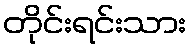
တိုင်းရင်းသား